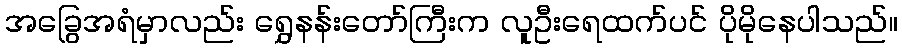
အခြွေအရံမှာလည်း ရွှေနန်းတော်ကြီးက လူဦးရေထက်ပင် ပိုမိုနေပါသည်။